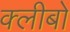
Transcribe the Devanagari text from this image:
क्लीबों